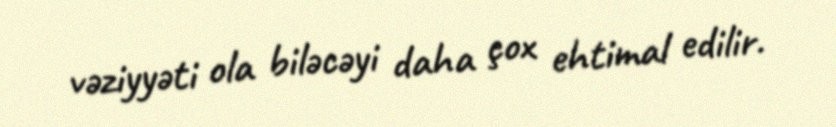
vəziyyəti ola biləcəyi daha çox ehtimal edilir.